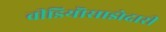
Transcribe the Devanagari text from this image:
वीडियॊसाझेदारी